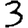
Digit: 3